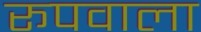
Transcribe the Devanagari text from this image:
रूपवाला